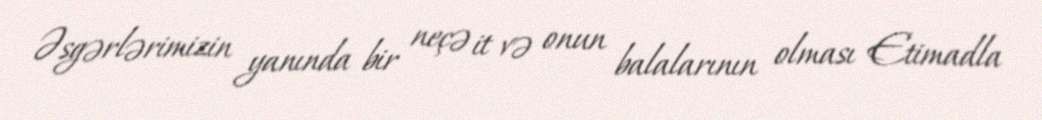
Əsgərlərimizin yanında bir neçə it və onun balalarının olması Etimadla